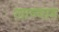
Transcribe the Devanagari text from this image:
लाज्वाब